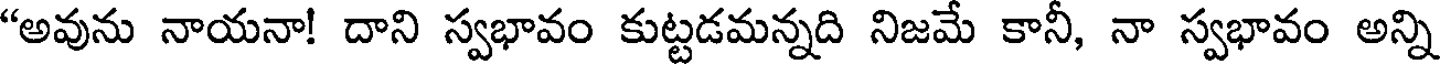
"అవును నాయనా! దాని స్వభావం కుట్టడమన్నది నిజమే కానీ, నా స్వభావం అన్ని